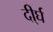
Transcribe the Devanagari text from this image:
दी्र्घ